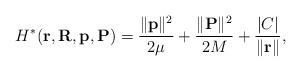
LaTeX: \begin{align*}H^*({\bf r}, {\bf R}, {\bf p}, {\bf P})=\frac{\|{\bf p}\|^2}{2\mu}+ \frac{\|{\bf P}\|^2}{2M} + \frac{\vert C \vert}{\|{\bf r\|}},\end{align*}